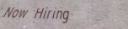
Now Hiring